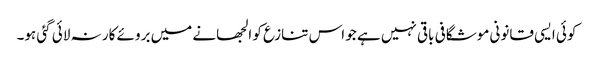
کوئی ایسی قانونی موشگافی باقی نہیں ہے جو اس تنازع کو الجھانے میں بروئے کار نہ لائی گئی ہو۔